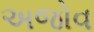
અજોવ